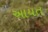
આયત